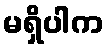
မရှိပါက